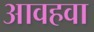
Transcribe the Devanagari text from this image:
आवहवा